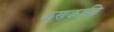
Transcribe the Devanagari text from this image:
कणकाणि